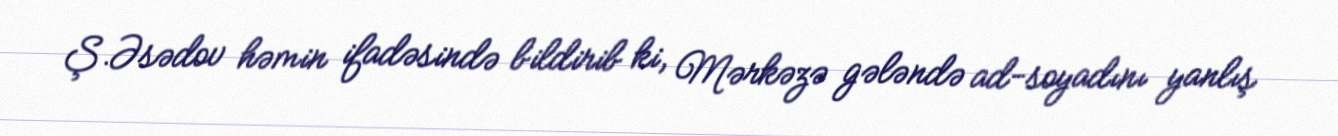
Ş.Əsədov həmin ifadəsində bildirib ki, Mərkəzə gələndə ad-soyadını yanlış